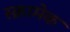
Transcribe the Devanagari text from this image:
स्क्रामेक